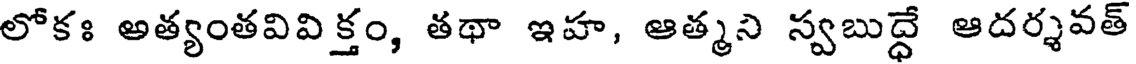
లోకః అత్యంతవివిక్తం, తథా ఇహ, ఆత్మని స్వబుద్దే ఆదర్శవత్